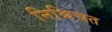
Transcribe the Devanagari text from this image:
निश्चिचत